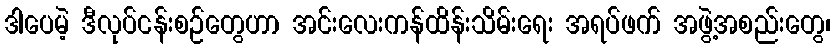
ဒါပေမဲ့ ဒီလုပ်ငန်းစဉ်တွေဟာ အင်းလေးကန်ထိန်းသိမ်းရေး အရပ်ဖက် အဖွဲ့အစည်းတွေ၊